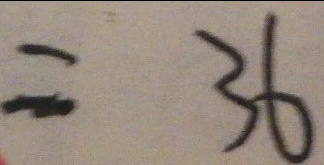
= 3 6